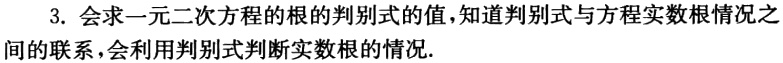
3. 会求一元二次方程的根的判别式的值，知道判别式与方程实数根情况之间的联系，会利用判别式判断实数根的情况.